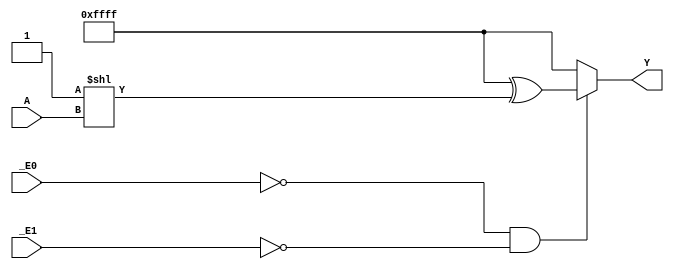
module hct74154(_E0, _E1, A, Y);
    input _E0, _E1;
    input [3:0] A;
    output [15:0] Y;

    wire [15:0] x = 16'hffff ^ (2**A);
    
    assign #(13) Y = !_E0 & !_E1 ? x: 16'hffff;

endmodule